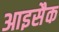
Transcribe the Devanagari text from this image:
आइसैक